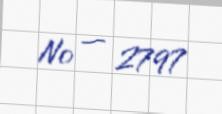
№ — 2797